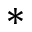
*